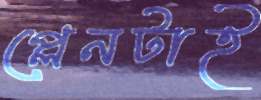
প্লেনটাই